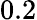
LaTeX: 0.2